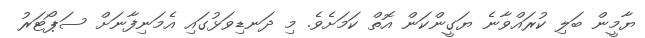
ޔާމީން ބަލި ކުރައްވާނެ ޔަގީންކަން އޮތް ކަމަށެވެ. މި ދަނޑިވަޅުގައި އެމަނިފާނަށް ސަޕޯޓަރު